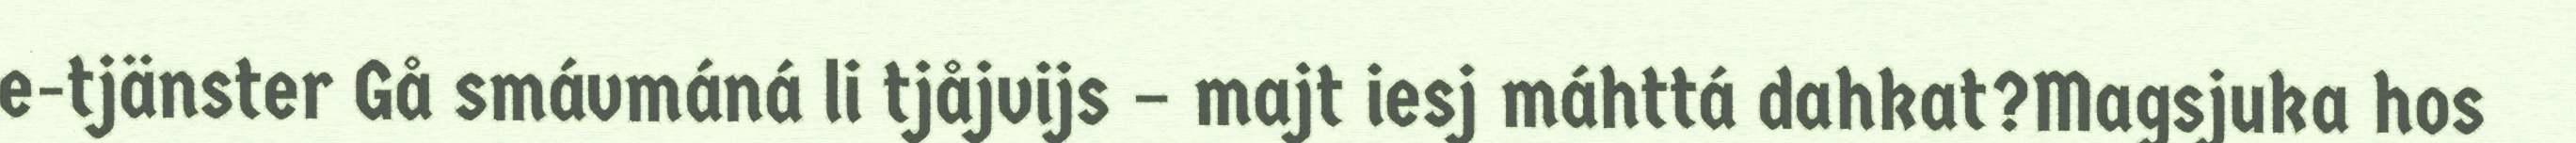
e-tjänster Gå smávmáná li tjåjvijs – majt iesj máhttá dahkat?Magsjuka hos